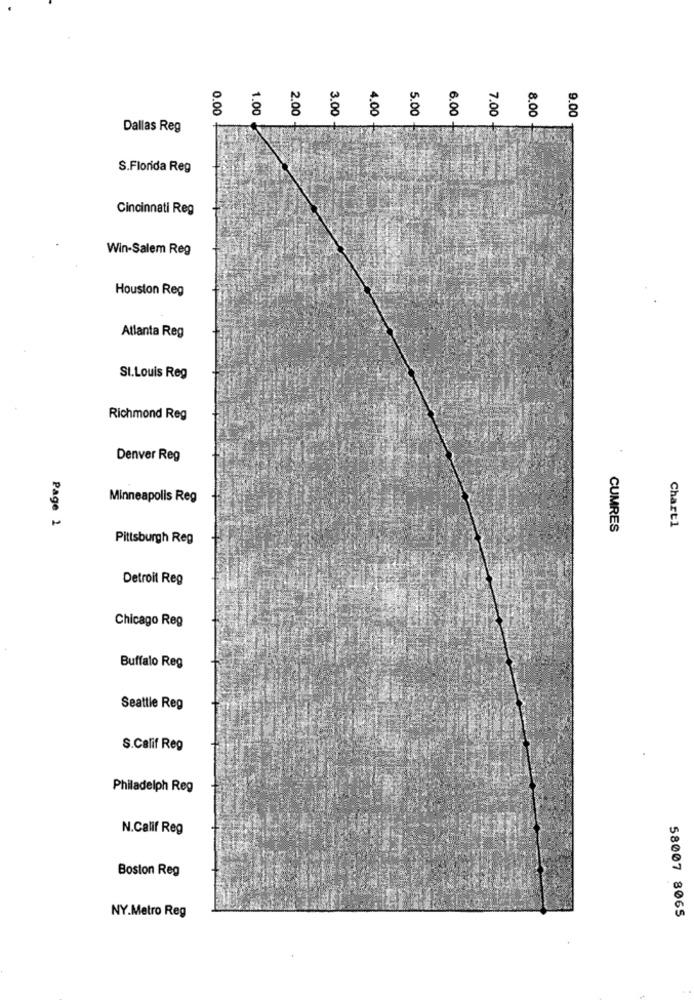
0.00
8
2.00
8
8
5.00
6.00
8
8.00
9.00
Dallas Reg
S.Florida Reg
Cincinnati Reg
Win-Salem Reg
Houston Reg
Atlanta Reg
St.Louis Reg
Richmond Reg
Denver Reg
Minneapolis Reg
Chart1
Page 1
CUMRES
Pittsburgh Reg
Detroit Reg
Chicago Reg
Buffalo Reg
Seattle Reg
S.Calif Reg
Philadelph Reg
N.Calif Reg
Boston Reg
NY.Metro Reg
58007 8065